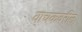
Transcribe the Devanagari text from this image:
वाचकवरील